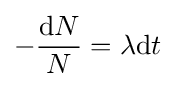
-{\frac {\mathrm {d} N}{N}}=\lambda \mathrm {d} t